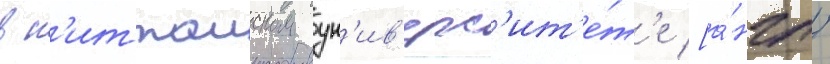
в н'иттаиском ун'ив'ерс'ит'е́т'е [а́нгл.